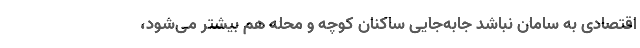
اقتصادی به سامان نباشد جابه‌جایی ساکنان کوچه و محله هم بیشتر می‌شود،